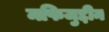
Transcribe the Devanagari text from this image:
मफिजुद्दीन